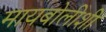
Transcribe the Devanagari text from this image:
मायबोलीशी